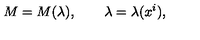
M = M ( \lambda ) , \qquad \lambda = \lambda ( x ^ { i } ) ,